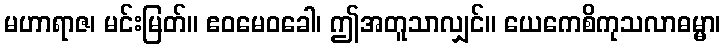
မဟာရာဇ၊ မင်းမြတ်။ ဧဝမေဝခေါ၊ ဤအတူသာလျှင်။ ယေကေစိကုသလာဓမ္မာ၊